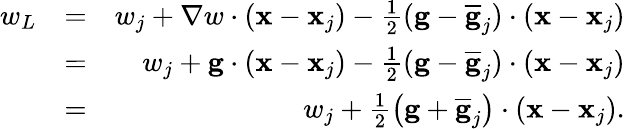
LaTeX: \begin{array}{rlr}{w_{L}}&{=}&{w_{j}+\nabla w\cdot({\mathbf x}-{\mathbf x}_{j})-\frac{1}{2}({\mathbf g}-\overline{{\mathbf g}}_{j})\cdot({\mathbf x}-{\mathbf x}_{j})}\\ &{=}&{w_{j}+{\mathbf g}\cdot({\mathbf x}-{\mathbf x}_{j})-\frac{1}{2}({\mathbf g}-\overline{{\mathbf g}}_{j})\cdot({\mathbf x}-{\mathbf x}_{j})}\\ &{=}&{w_{j}+\frac{1}{2}\left({\mathbf g}+\overline{{\mathbf g}}_{j}\right)\cdot({\mathbf x}-{\mathbf x}_{j}).}\end{array}